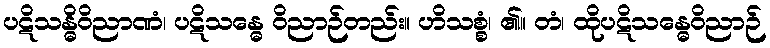
ပဋိသန္ဓိဝိညာဏံ၊ ပဋိသန္ဓေ ဝိညာဉ်တည်း။ ဟိသစ္စံ၊ ၏။ တံ၊ ထိုပဋိသန္ဓေဝိညာဉ်